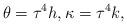
LaTeX: \begin{align*}\theta =\tau ^{4}h,\kappa =\tau ^{4}k, \end{align*}